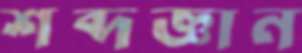
শব্দজ্ঞান